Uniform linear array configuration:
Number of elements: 48
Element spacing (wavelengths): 0.5
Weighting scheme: blackman
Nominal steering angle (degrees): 45
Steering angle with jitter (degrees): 45.691
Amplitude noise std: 0.05
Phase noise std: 0.05

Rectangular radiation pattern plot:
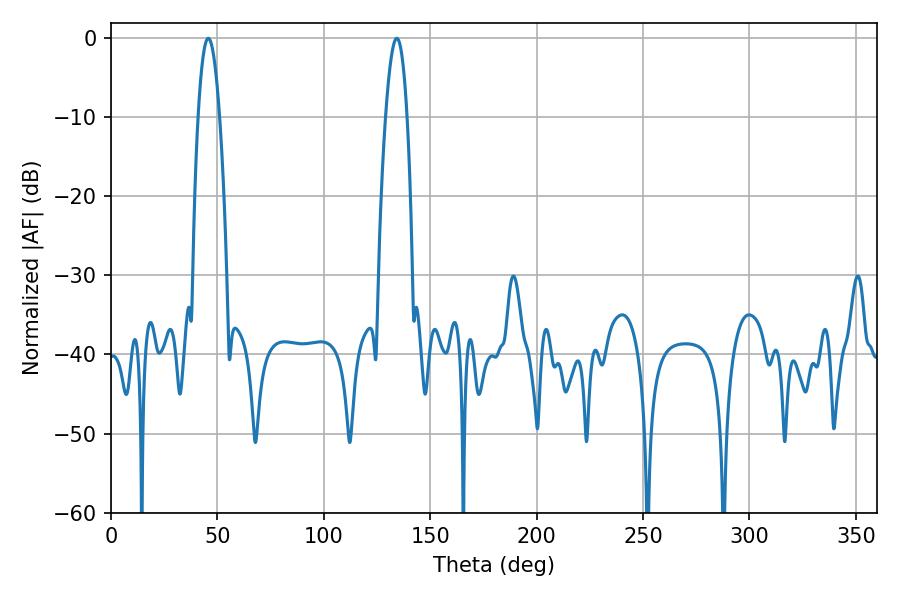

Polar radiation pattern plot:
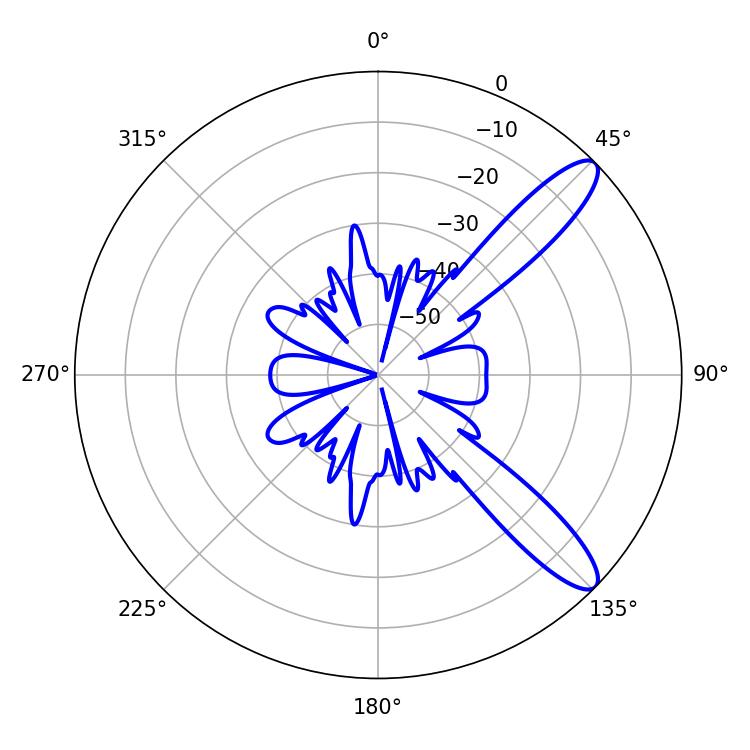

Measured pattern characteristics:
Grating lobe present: FALSE
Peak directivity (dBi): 11.246
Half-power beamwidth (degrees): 5.58
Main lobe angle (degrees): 45.72